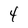
Character: 4